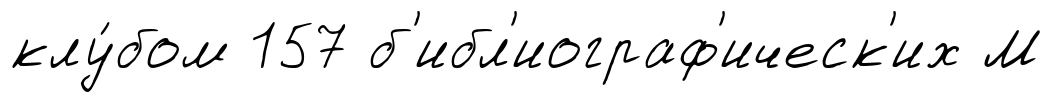
клу́бом 157 б'ибл'иограф'ическ'их М